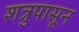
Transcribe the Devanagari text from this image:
शत्रुपासून